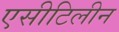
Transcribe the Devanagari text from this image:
एसीटिलीन